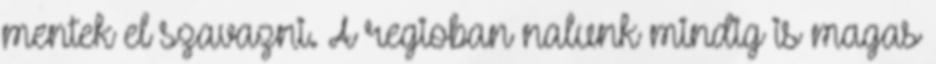
mentek el szavazni. A regioban nalunk mindig is magas